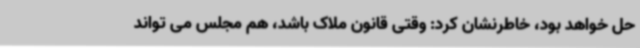
حل خواهد بود، خاطرنشان کرد: وقتی قانون ملاک باشد، هم مجلس می تواند